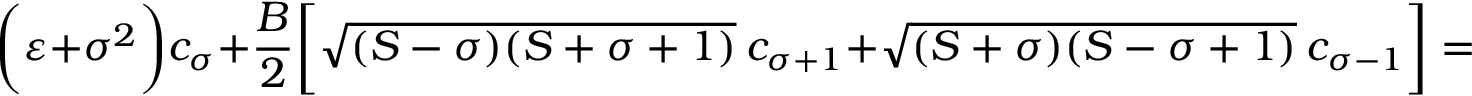
\biggl ( \varepsilon + \sigma ^ { 2 } \biggr ) c _ { \sigma } + \frac { B } { 2 } \biggl [ \sqrt { ( S - \sigma ) ( S + \sigma + 1 ) } ~ c _ { \sigma + 1 } + \sqrt { ( S + \sigma ) ( S - \sigma + 1 ) } ~ c _ { \sigma - 1 } \biggr ] = 0 ,